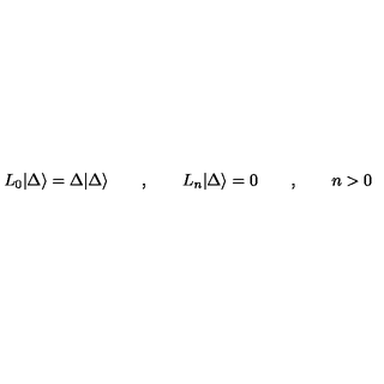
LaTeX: L _ { 0 } | \Delta \rangle = \Delta | \Delta \rangle \qquad , \qquad L _ { n } | \Delta \rangle = 0 \qquad , \qquad n > 0